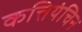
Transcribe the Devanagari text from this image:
कत्तियंचिन